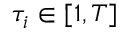
\tau _ { i } \in [ 1 , T ]